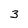
Character: 3